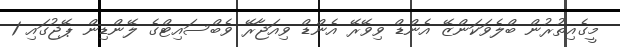
މީގެއިތުރުން ބްލެވަކަންޒޭ އެންޑް ވިވޭރޭ އެންޑް ވިއަޖާރޭ ވެބްސައިޓްގެ ލޭންޑިން ޕޭޖުގައި 1